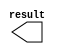
module titles3_y2 (
	result);

	output	[9:0]  result;

endmodule